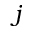
j